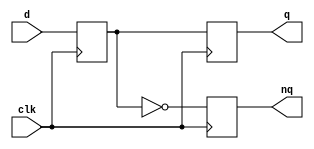
module Asynchrony_Counter(input clk,d,output reg q,nq);
reg qb;//qb D,Q
always@(posedge clk)
begin
  qb<=d;
   q<=qb;
	nq<=~qb;
	end
endmodule

module eg346(input clk1,clr,output [3:0]q);
   wire[4:0] ck;
   genvar k;
   assign ck[0]=clk1;
   generate
   for(k=0;k<=3;k=k+1)
     begin:U1
     Asynchrony_Counter al(ck[k],clr,ck[k+1],q[k]);
	  end
	  endgenerate
endmodule